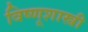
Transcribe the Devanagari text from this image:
विष्णूशास्त्री